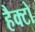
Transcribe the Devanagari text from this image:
हैक्टो